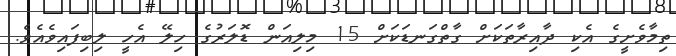
ތިމާވެށީގެ އެކި ދާއިރާތަކަށް ގާތްގަނޑަކަށް 15 މިލިއަން ޑޮލަރުގެ ހިލޭ އެހީ ލިބިފައިވެއެވެ.